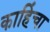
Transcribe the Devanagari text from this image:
काहिंचा